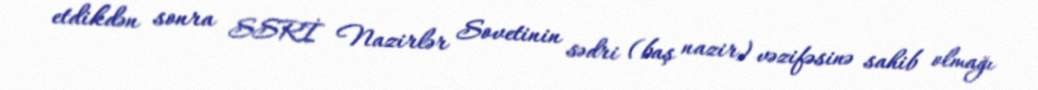
etdikdən sonra SSRİ Nazirlər Sovetinin sədri (baş nazir) vəzifəsinə sahib olmağı